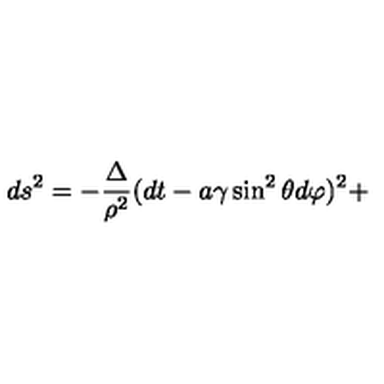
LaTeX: d s ^ { 2 } = - \frac { \Delta } { \rho ^ { 2 } } ( d t - a \gamma \sin ^ { 2 } \theta d \varphi ) ^ { 2 } +